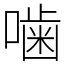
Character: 噛